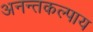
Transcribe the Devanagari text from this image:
अनन्तकल्पाय